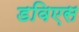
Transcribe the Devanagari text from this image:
डविएस